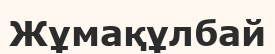
Жұмақұлбай